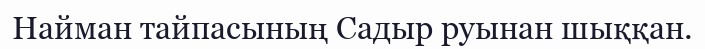
Найман тайпасының Садыр руынан шыққан.